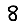
Digit: 8